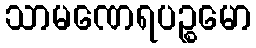
သာမဏေရပဉ္စမော